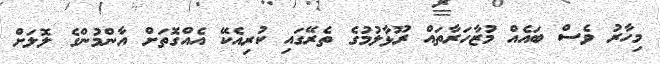
މިހާރު ވެސް ބައެއް މުޒާހަރާތައް ރޫޅާލުމުގެ ތެރޭގައި ކުރިއެކޭ އެއްގޮތަށް އާންމުންގެ ލޮލަށް